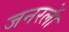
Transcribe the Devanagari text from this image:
जनरलाें